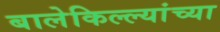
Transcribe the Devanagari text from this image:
बालेकिल्ल्यांच्या